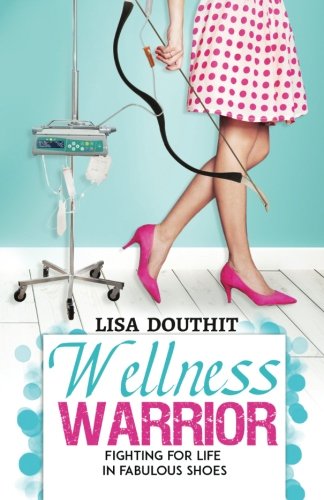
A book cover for Wellness Warrior - Fighting for Life in Fabulous Shoes; Lisa Douthit; Health, Fitness & Dieting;